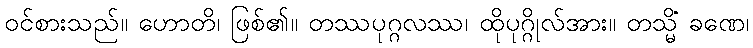
ဝင်စားသည်။ ဟောတိ၊ ဖြစ်၏။ တဿပုဂ္ဂလဿ၊ ထိုပုဂ္ဂိုလ်အား။ တသ္မိံ ခဏေ၊